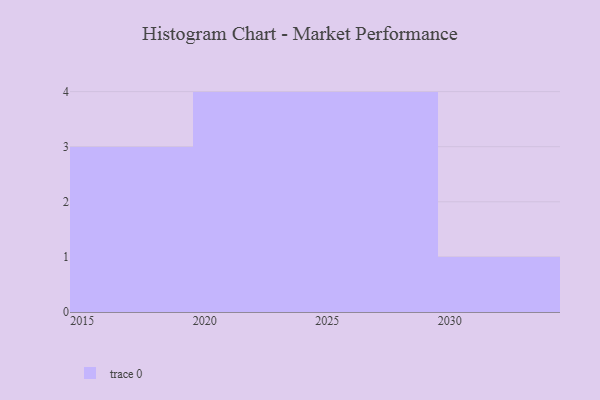
{"axis": {"x": "Year", "y": "Bounce Rate (%)"}, "legend": [""], "data": [{"x": "2020", "y": 41, "type": ""}, {"x": "2026", "y": 84, "type": ""}, {"x": "2030", "y": 65, "type": ""}, {"x": "2019", "y": 85, "type": ""}, {"x": "2025", "y": 73, "type": ""}, {"x": "2028", "y": 11, "type": ""}, {"x": "2017", "y": 86, "type": ""}, {"x": "2029", "y": 42, "type": ""}, {"x": "2022", "y": 28, "type": ""}, {"x": "2021", "y": 74, "type": ""}, {"x": "2018", "y": 13, "type": ""}, {"x": "2024", "y": 20, "type": ""}]}